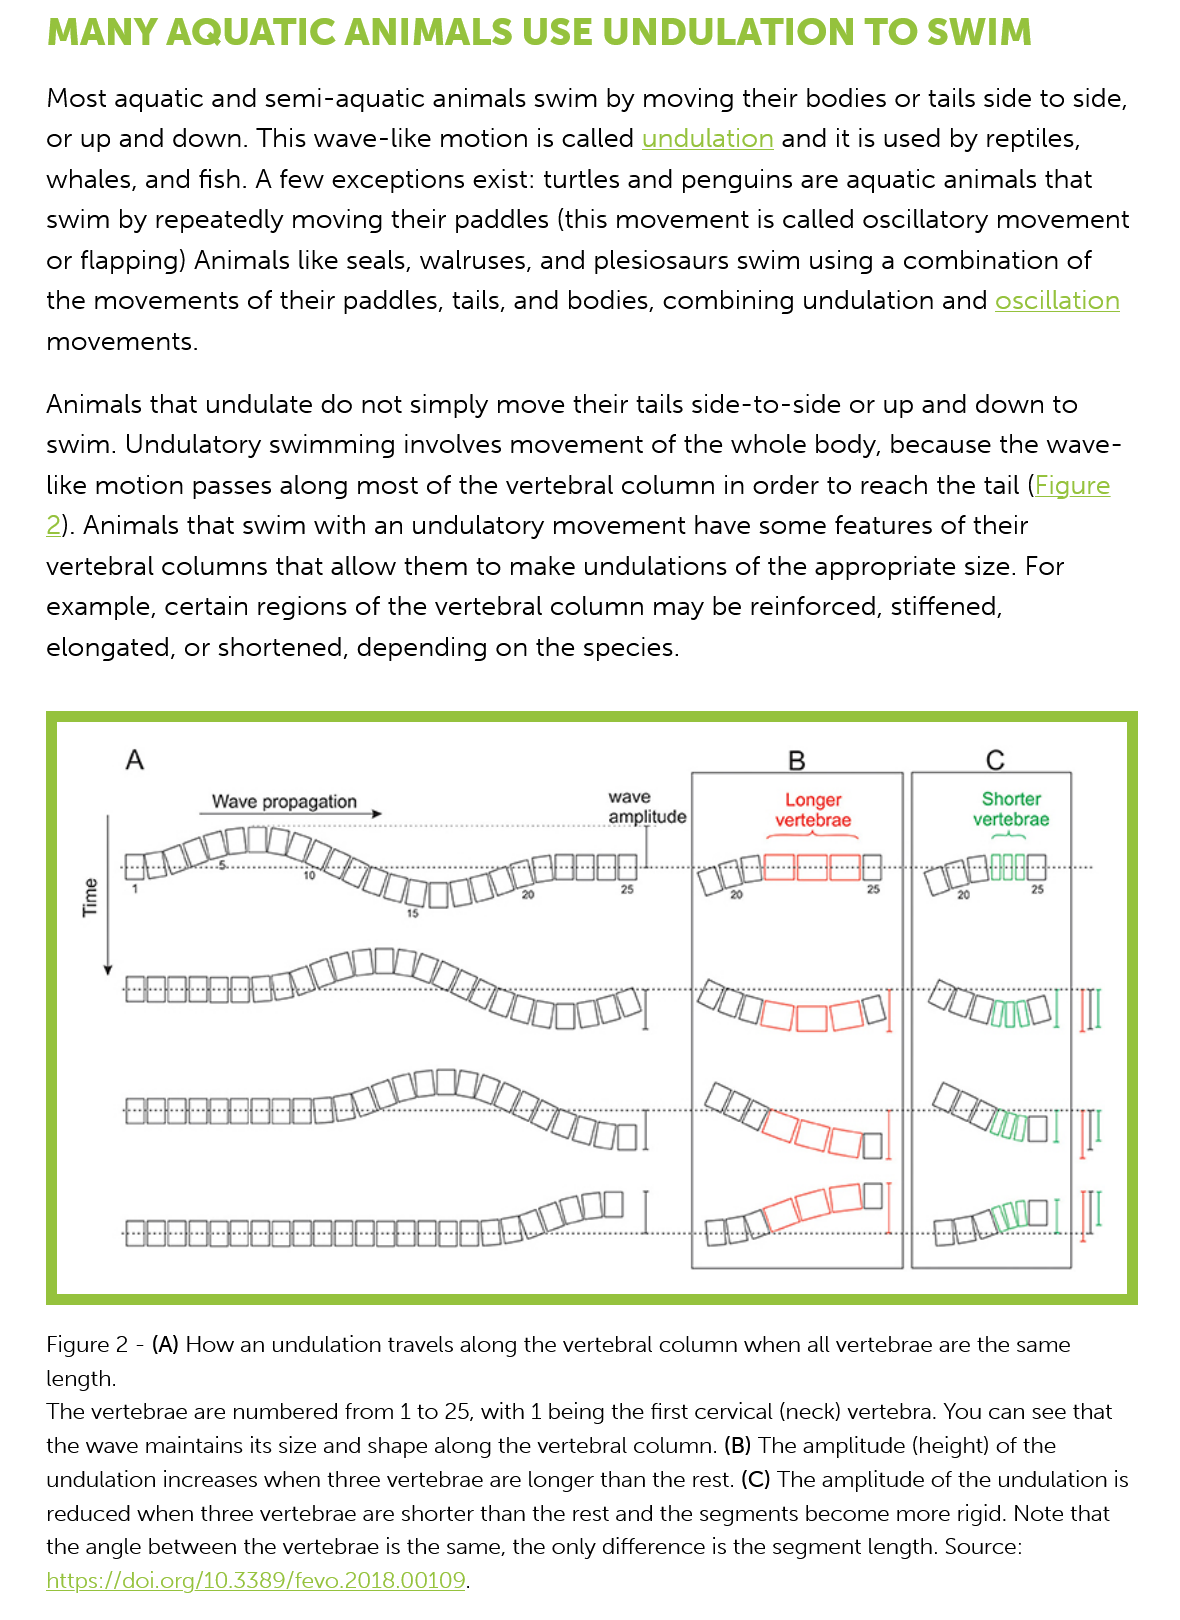
MANY    AQUATIC    ANIMALS    USE    UNDULATION    TO   SWIM
     Most aquatic and  semi-aquatic  animals swim  by moving  their bodies or tails side to side,
    or up  and down. This  wave-like motion  is called undulation and it is used by reptiles,
    whales,  and fish. A few exceptions exist: turtles and penguins are aquatic animals that
    swim   by repeatedly moving  their paddles (this movement is  called oscillatory movement
    or flapping) Animals like seals, walruses, and plesiosaurs swim using a combination   of
    the movements   of  their paddles, tails, and bodies, combining undulation and  oscillation
     movements.
    Animals  that undulate do  not simply move their tails side-to-side or up and down  to
    swim.  Undulatory  swimming   involves movement  of   the whole  body, because  the wave-
     like motion passes along most of  the vertebral column in order to reach the tail (Figure
    2). Animals that swim  with an undulatory  movement   have  some features of  their
    vertebral columns that  allow them  to make  undulations  of the appropriate size. For
    example,  certain regions of the vertebral column  may  be reinforced, stiffened,
    elongated,  or shortened, depending   on the species.
     Figure 2
     -
     (A) How an undulation travels along the vertebral column when all vertebrae are the same
     length.
    The vertebrae are numbered from 1 to 25, with 1 being the first cervical (neck) vertebra. You can see that
    the wave maintains its size and shape along the vertebral column. (B) The amplitude (height) of the
     undulation increases when three vertebrae are longer than the rest. (C) The amplitude of the undulation is
     reduced when three vertebrae are shorter than the rest and the segments become more rigid. Note that
    the angle between the vertebrae is the same, the only difference is the segment length. Source: